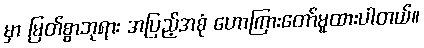
မှာ မြတ်စွာဘုရား အပြည့်အစုံ ဟောကြားတော်မူထားပါတယ်။